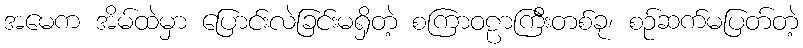
အမေက အိမ်ထဲမှာ ပြောင်းလဲခြင်းမရှိတဲ့ စကြာဝဠာကြီးတစ်ခု၊ စဉ်ဆက်မပြတ်တဲ့